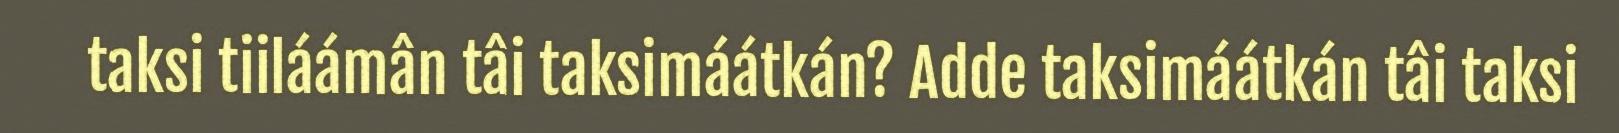
taksi tiiláámân tâi taksimáátkán? Adde taksimáátkán tâi taksi